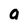
Character: a